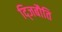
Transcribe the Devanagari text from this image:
द्जिबौति